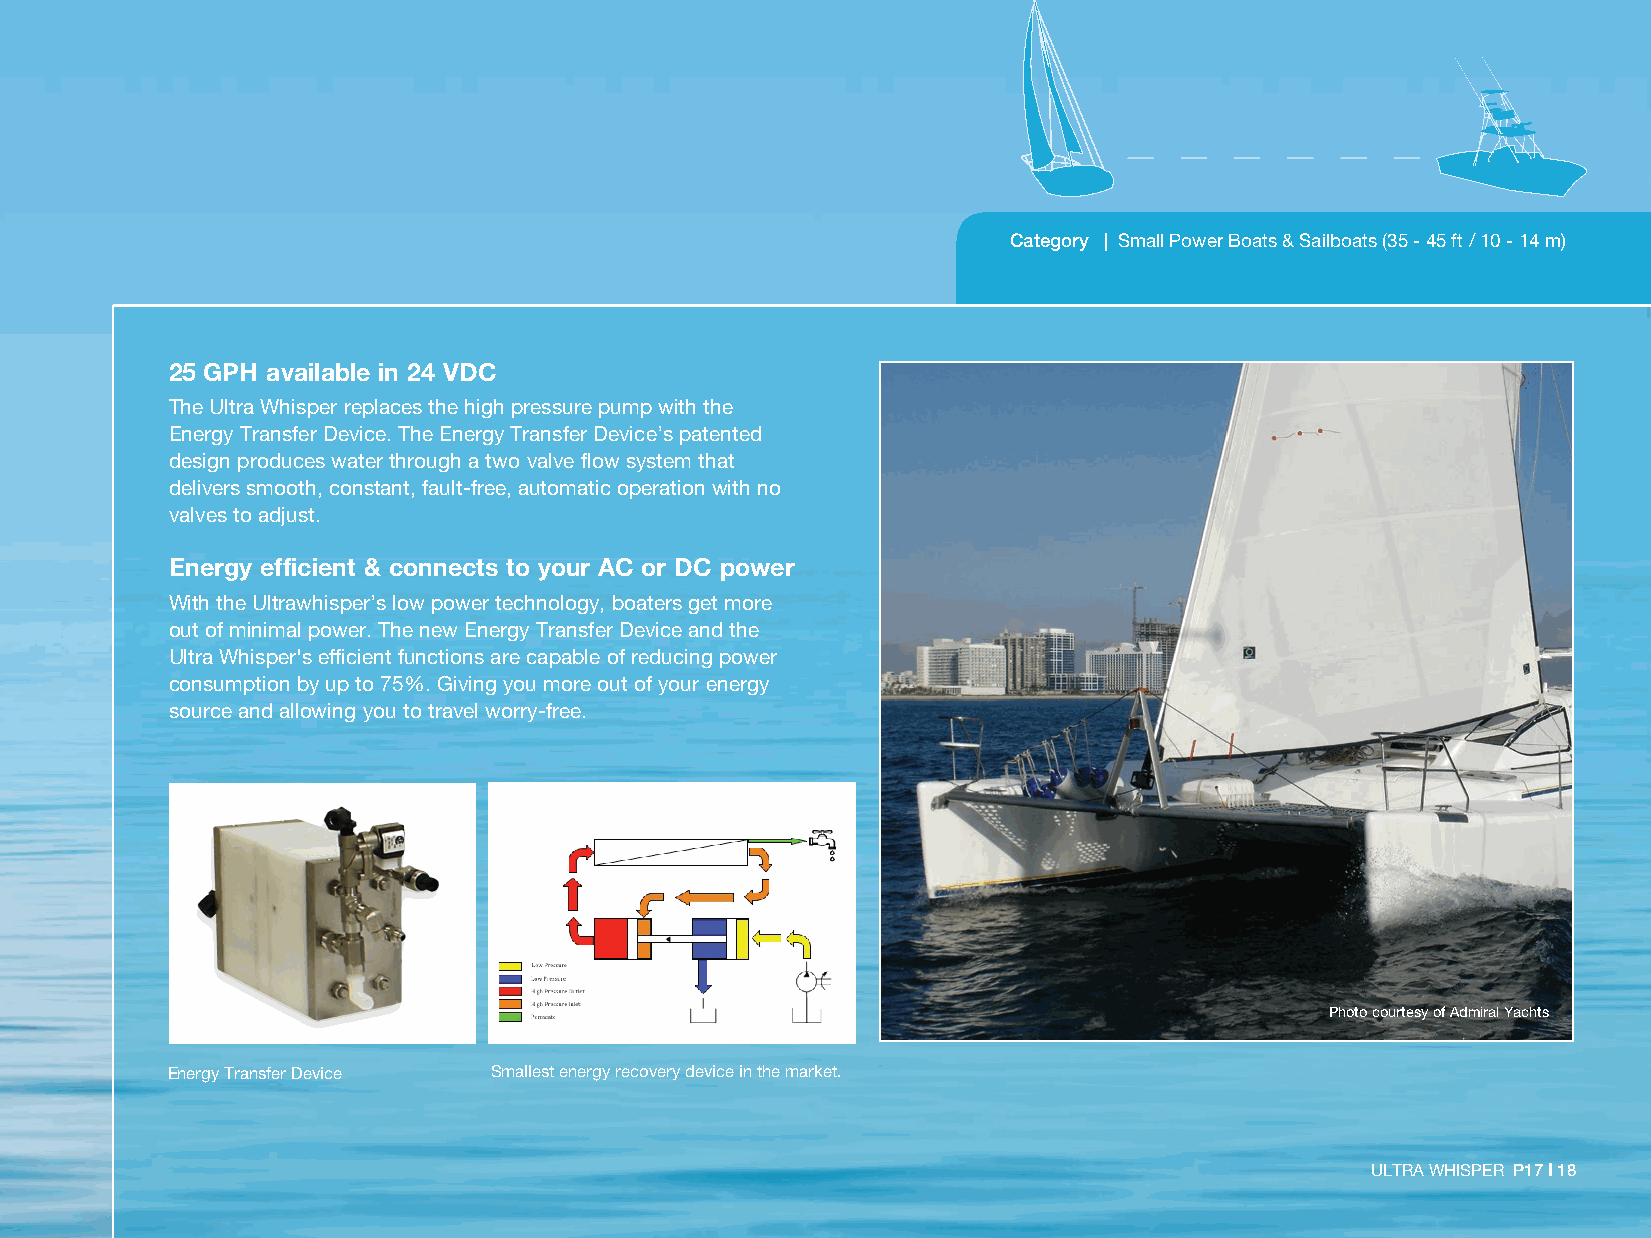
Category | Small Power Boats & Sailboats (35 - 45 ft / 10 - 14 m)
 25 GPH available in 24 VDC
 The Ultra Whisper replaces the high pressure pump with the
 Energy Transfer Device. The Energy Transfer Device’s patented
 design produces water through a two valve flow system that
 delivers smooth, constant, fault-free, automatic operation with no
 valves to adjust.
 Energy efficient & connects to your AC or DC power
 With the Ultrawhisper’s low power technology, boaters get more
 out of minimal power. The new Energy Transfer Device and the
 Ultra Whisper's efficient functions are capable of reducing power
 consumption by up to 75%. Giving you more out of your energy
 source and allowing you to travel worry-free.
 Photo courtesy of Admiral Yachts
 Energy Transfer Device Smallest energy recovery device in the market.
 ULTRA WHISPER P17 I 18